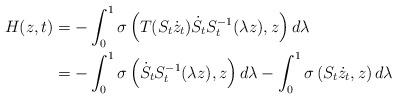
LaTeX: \begin{align*}H(z,t) & =-\int_{0}^{1}\sigma\left( T(S_{t}\dot{z}_{t})\dot{S}_{t}S_{t}^{-1}(\lambda z),z\right) d\lambda\\& =-\int_{0}^{1}\sigma\left( \dot{S}_{t}S_{t}^{-1}(\lambda z),z\right)d\lambda-\int_{0}^{1}\sigma\left( S_{t}\dot{z}_{t},z\right) d\lambda\end{align*}